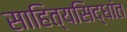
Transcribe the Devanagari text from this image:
साहित्यसिद्धांत